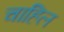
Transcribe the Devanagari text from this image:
चाहिल